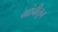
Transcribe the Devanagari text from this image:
ग्रांप्रीतून